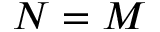
N = M